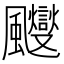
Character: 𱃑